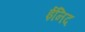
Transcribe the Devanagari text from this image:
ईनिद